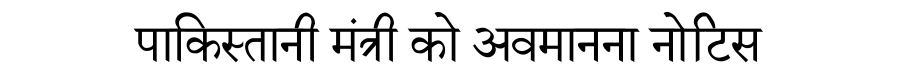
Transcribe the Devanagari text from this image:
पाकिस्तानी मंत्री को अवमानना नोटिस